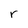
Character: r